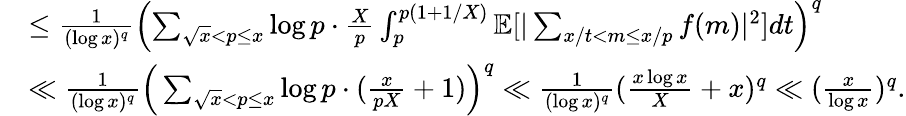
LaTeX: \begin{array}{rl}&{\le\frac{1}{(\log x)^{q}}\left(\sum_{\sqrt{x}<p\le x}\log p\cdot\frac{X}{p}\int_{p}^{p(1+1/X)}\mathbb E[|\sum_{x/t<m\le x/p}f(m)|^{2}]dt\right)^{q}}\\ &{\ll\frac{1}{(\log x)^{q}}\Big(\sum_{\sqrt{x}<p\le x}\log p\cdot(\frac{x}{pX}+1)\Big)^{q}\ll\frac{1}{(\log x)^{q}}(\frac{x\log x}{X}+x)^{q}\ll(\frac{x}{\log x})^{q}.}\end{array}